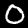
Label: 0